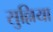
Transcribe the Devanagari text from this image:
सुल्लिया